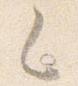
之